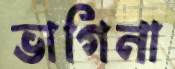
ভাগিনা